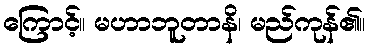
ကြောင့်။ မဟာဘူတာနိ၊ မည်ကုန်၏။